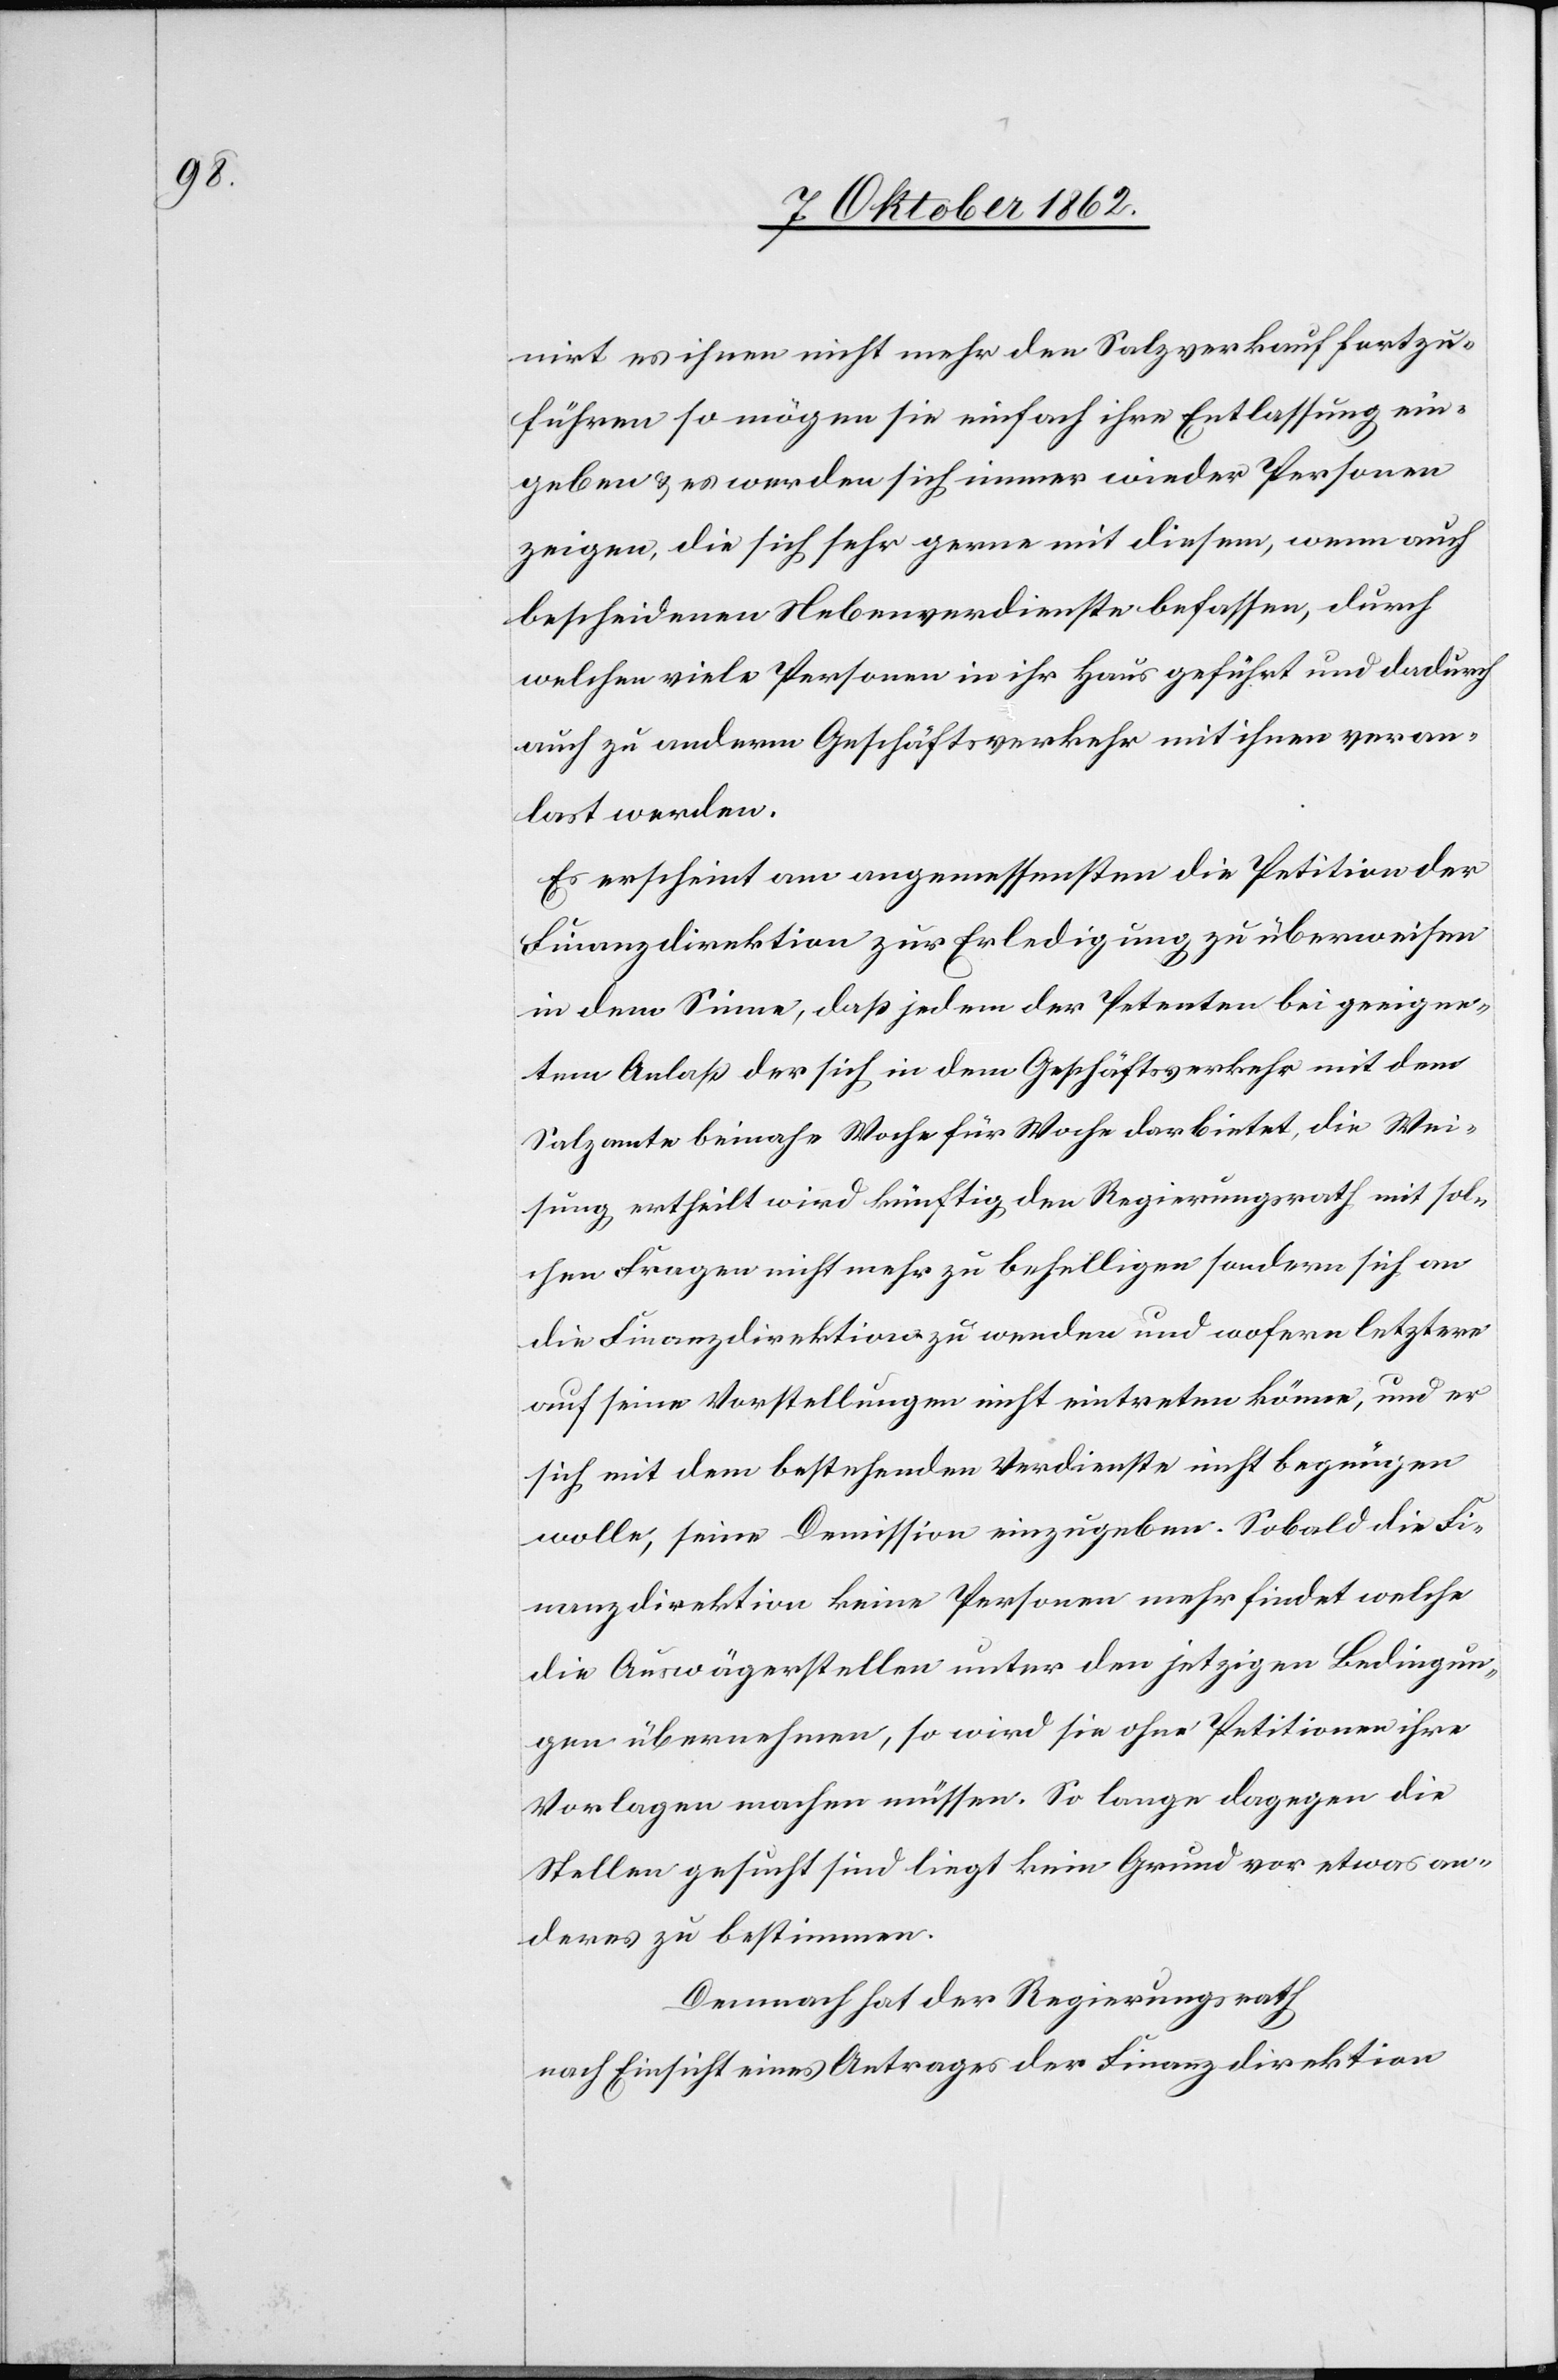
nirt es ihnen nicht mehr den Salzverkauf fortzu¬
führen so mögen sie einfach ihre Entlassung ein¬
geben u. es werden sich immer wieder Personen
zeigen, die sich sehr gerne mit diesem, wenn auch
bescheidenen Nebenverdienste befassen, durch
welchen viele Personen in ihr Haus geführt und dadurch
auch zu anderm Geschäftsverkehr mit ihnen veran¬
las[s]t werden.
Es erscheint am angemessensten die Petition der
Finanzdirektion zur Erledigung zu überweisen
in dem Sinne, daß jedem der Petenten bei geeigne¬
tem Anlaß der sich in dem Geschäftsverkehr mit dem
Salzamte beinahe Woche für Woche darbietet, die Wei¬
sung ertheilt wird künftig den Regierungsrath mit sol¬
chen Fragen nicht mehr zu behelligen sondern sich an
die Finanzdirektion zu wenden und wofern letztere
auf seine Vorstellungen nicht eintreten könne, und er
sich mit dem bestehenden Verdienste nicht begnügen
wolle, seine Demission einzugeben. Sobald die Fi¬
nanzdirektion keine Personen mehr findet welche
die Auswägerstellen unter den jetzigen Bedingun¬
gen übernehmen, so wird sie ohne Petitionen ihre
Vorlagen machen müssen. So lange dagegen die
Stellen gesucht sind liegt kein Grund vor etwas an¬
ders zu bestimmen.
Demnach hat der Regierungsrath
nach Einsicht eines Antrages der Finanzdirektion